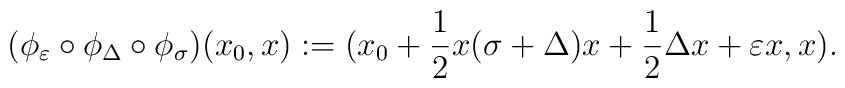
(     \phi_\varepsilon 	\circ \phi_\Delta 	\circ \phi_\sigma )	( x_0, x ) := 	( x_0 	+ \frac{1}{2} x (\sigma + \Delta) x	+ \frac{1}{2} \Delta x	+ \varepsilon x, x ).